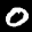
Label: 0